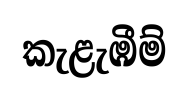
කැළැඹීම්